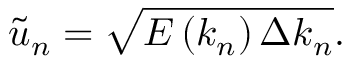
\tilde { u } _ { n } = \sqrt { E \left( k _ { n } \right) \Delta k _ { n } } .